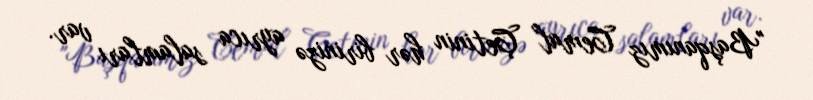
"Başqanımız Cemal Çetinin hər birinizə ayrıca salamları var.